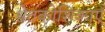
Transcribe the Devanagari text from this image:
श्वेतकोशिकाएँ